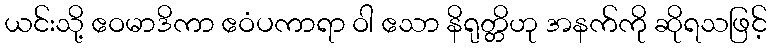
ယင်းသို့ ဧဝမာဒိကာ ဧဝံပကာရာ ဝါ ဧသာ နိရုတ္တိဟု အနက်ကို ဆိုရသဖြင့်